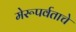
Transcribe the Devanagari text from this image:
मेरूपर्वताचे